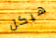
هيكل